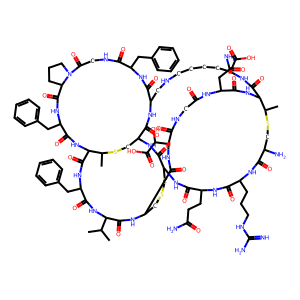
SMILES: CC(C)C1NC(=O)C(Cc2ccccc2)NC(=O)C2NC(=O)C(Cc3ccccc3)NC(=O)C3CCCN3C(=O)CNC(=O)C(Cc3ccccc3)NC(=O)C3CNCCCCC(C(=O)O)NC(=O)C4NC(=O)C(CC(N)=O)NC(=O)CNC(=O)C(C(O)C(=O)O)NC(=O)C(CSCC(NC(=O)C(CCC(N)=O)NC(=O)C(CCCNC(=N)N)NC(=O)C(N)CSC4C)C(=O)NC(CSC2C)C(=O)N3)NC1=O
Inhibits HIV replication: Yes